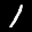
Label: 1